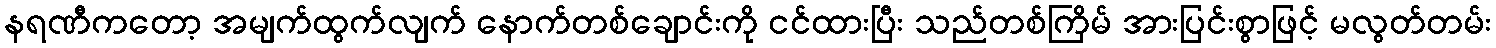
နရဏီကတော့ အမျက်ထွက်လျက် နောက်တစ်ချောင်းကို ငင်ထားပြီး သည်တစ်ကြိမ် အားပြင်းစွာဖြင့် မလွတ်တမ်း